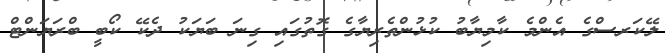
ލޭކަރސްގެ އެންމެ ކާމިޔާބު ކުޅުންތެރިޔާގެ ގޮތުގައި ގިނަ ބަޔަކު ދެކޭ ކޯބީ ބްރަޔަންޓް